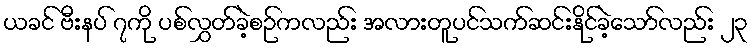
ယခင် ဗီးနပ် ၇ကို ပစ်လွှတ်ခဲ့စဉ်ကလည်း အလားတူပင်သက်ဆင်းနိုင်ခဲ့သော်လည်း ၂၃